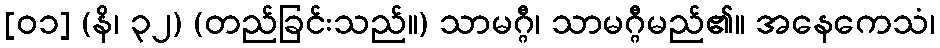
[၀၁] (နိ၊ ၃၂) (တည်ခြင်းသည်။) သာမဂ္ဂီ၊ သာမဂ္ဂီမည်၏။ အနေကေသံ၊